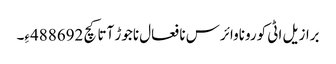
برازیل اٹی کوروناوائرس نا فعال ناجوڑ آتا کچ 488692ءِ۔